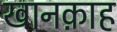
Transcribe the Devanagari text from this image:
खानक़ाह